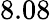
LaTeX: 8.08